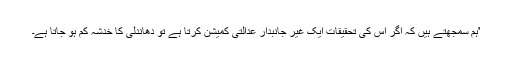
'ہم سمجھتے ہیں کہ اگر اس کی تحقیقات ایک غیر جانبدار عدالتی کمیشن کرتا ہے تو دھاندلی کا خدشہ کم ہو جاتا ہے۔